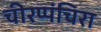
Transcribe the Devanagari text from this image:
चीरप्पंचिरा